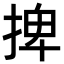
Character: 捭